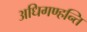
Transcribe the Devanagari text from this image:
अधिगण्हन्ति